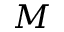
M